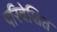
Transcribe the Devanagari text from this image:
परिवेशित